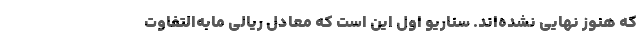
که هنوز نهایی نشده‌اند. سناریو اول این است که معادل ریالی مابه‌التفاوت